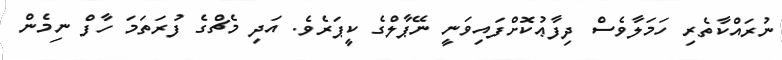
ނުރައްކާތެރި ހަމަލާވެސް ދިފާޢުކޮށްފައިވަނީ ނޭޕާލްގެ ކީޕަރެވެ. އަދި މެޗްގެ ފުރަތަމަ ހާފް ނިމެން